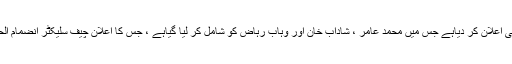
یاد رہے کہ پاکستان نے ورلڈ کپ کیلئے 15 رکنی سکواڈ کا بھی اعلان کر دیاہے جس میں محمد عامر ، شاداب خان اور وہاب رہاض کو شامل کر لیا گیاہے ، جس کا اعلان چیف سلیکٹر انضمام الحق کی جانب سے گزشتہ روز ایک پریس کانفرنس میں کیا گیا ۔